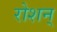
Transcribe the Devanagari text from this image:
रोशन्